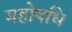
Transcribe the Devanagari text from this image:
महोषधि